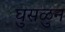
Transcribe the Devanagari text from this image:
घुसळुन